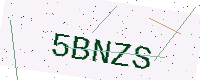
Text: 5BNZS